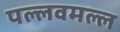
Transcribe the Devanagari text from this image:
पल्लवमल्ल